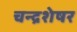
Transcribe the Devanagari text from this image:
चन्द्रशेषर